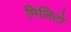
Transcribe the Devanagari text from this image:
मिलिटो